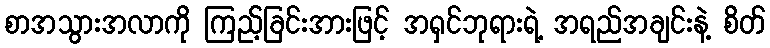
စာအသွားအလာကို ကြည့်ခြင်းအားဖြင့် အရှင်ဘုရားရဲ့ အရည်အချင်းနဲ့ စိတ်